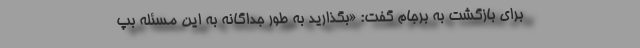
برای بازگشت به برجام گفت: «بگذارید به طور جداگانه به این مسئله بپ